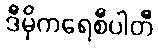
ဒီမိုကရေစီပါတီ